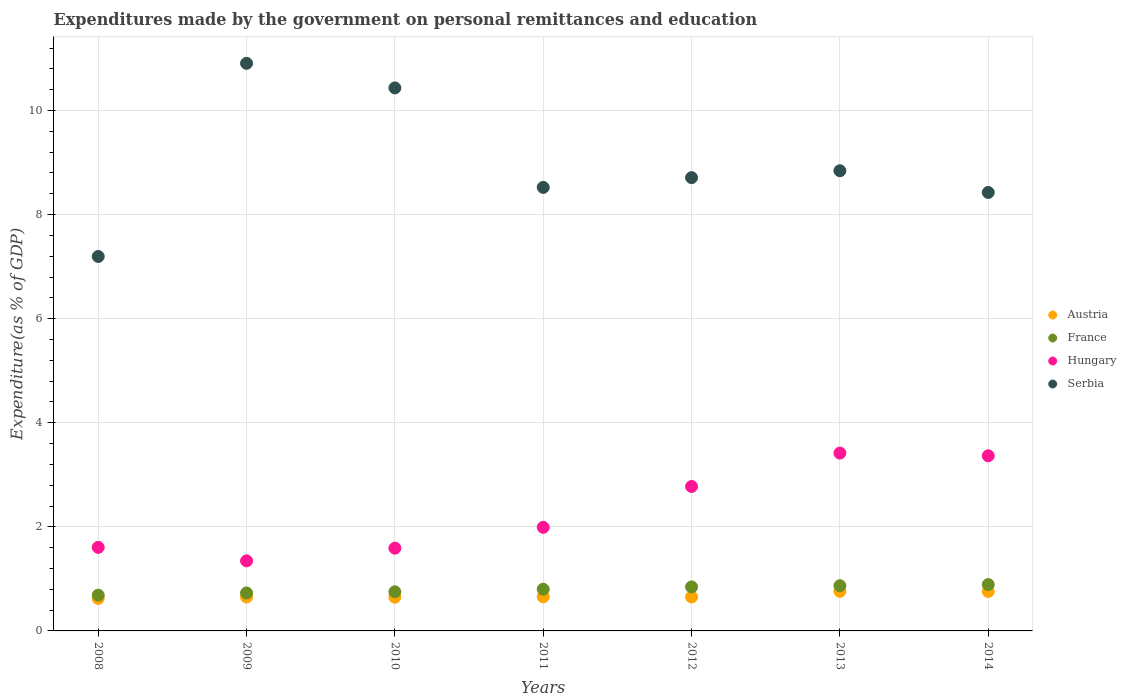
| Years | Austria | France | Hungary | Serbia |
 | --- | --- | --- | --- | --- |
 | 2008 | 0.625 | 0.687 | 1.61 | 7.2 |
 | 2009 | 0.652 | 0.729 | 1.35 | 10.9 |
 | 2010 | 0.647 | 0.752 | 1.59 | 10.4 |
 | 2011 | 0.656 | 0.801 | 1.99 | 8.52 |
 | 2012 | 0.652 | 0.846 | 2.78 | 8.71 |
 | 2013 | 0.761 | 0.868 | 3.42 | 8.84 |
 | 2014 | 0.759 | 0.891 | 3.37 | 8.43 |